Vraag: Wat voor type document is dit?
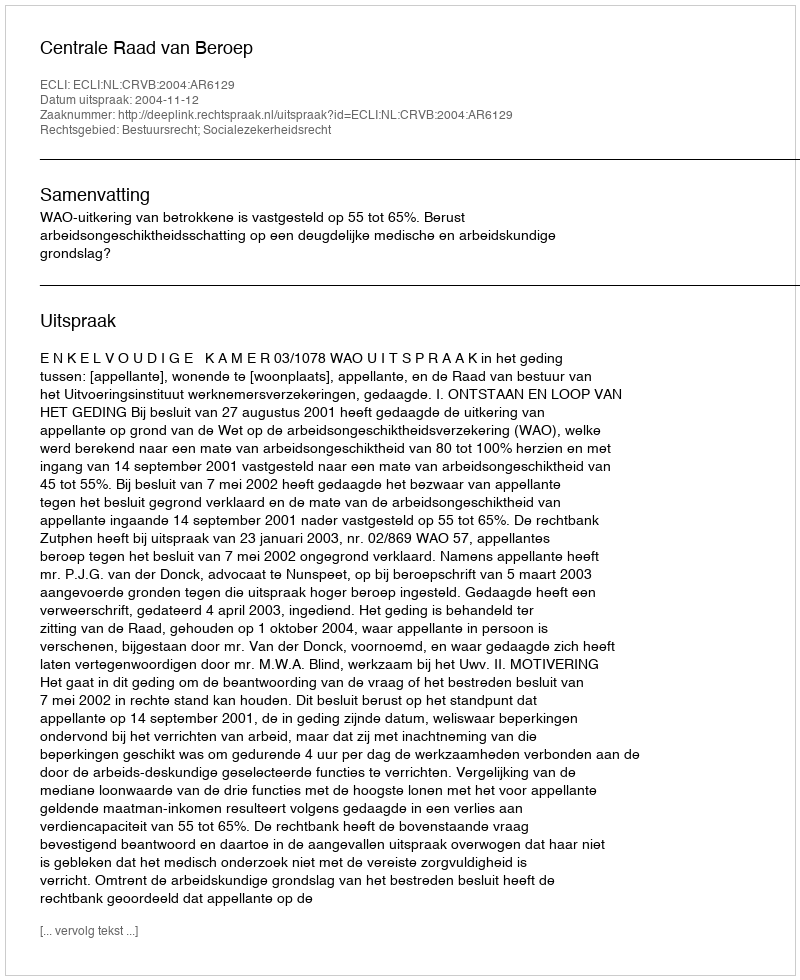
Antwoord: Uitspraak